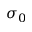
\sigma _ { 0 }